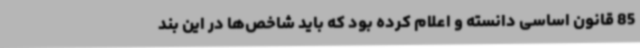
85 قانون اساسی دانسته و اعلام کرده بود که باید شاخص‌ها در این بند